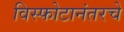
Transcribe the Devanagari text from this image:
विस्फोटानंतरचे